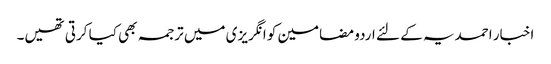
اخبار احمدیہ کے لئے اردو مضامین کو انگریزی میں ترجمہ بھی کیا کرتی تھیں۔